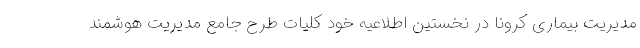
مدیریت بیماری کرونا در نخستین اطلاعیه خود کلیات طرح جامع مدیریت هوشمند